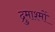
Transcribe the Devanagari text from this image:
द्रुमाश्मों